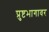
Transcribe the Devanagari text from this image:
प्रुष्टभागावर